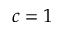
c = 1